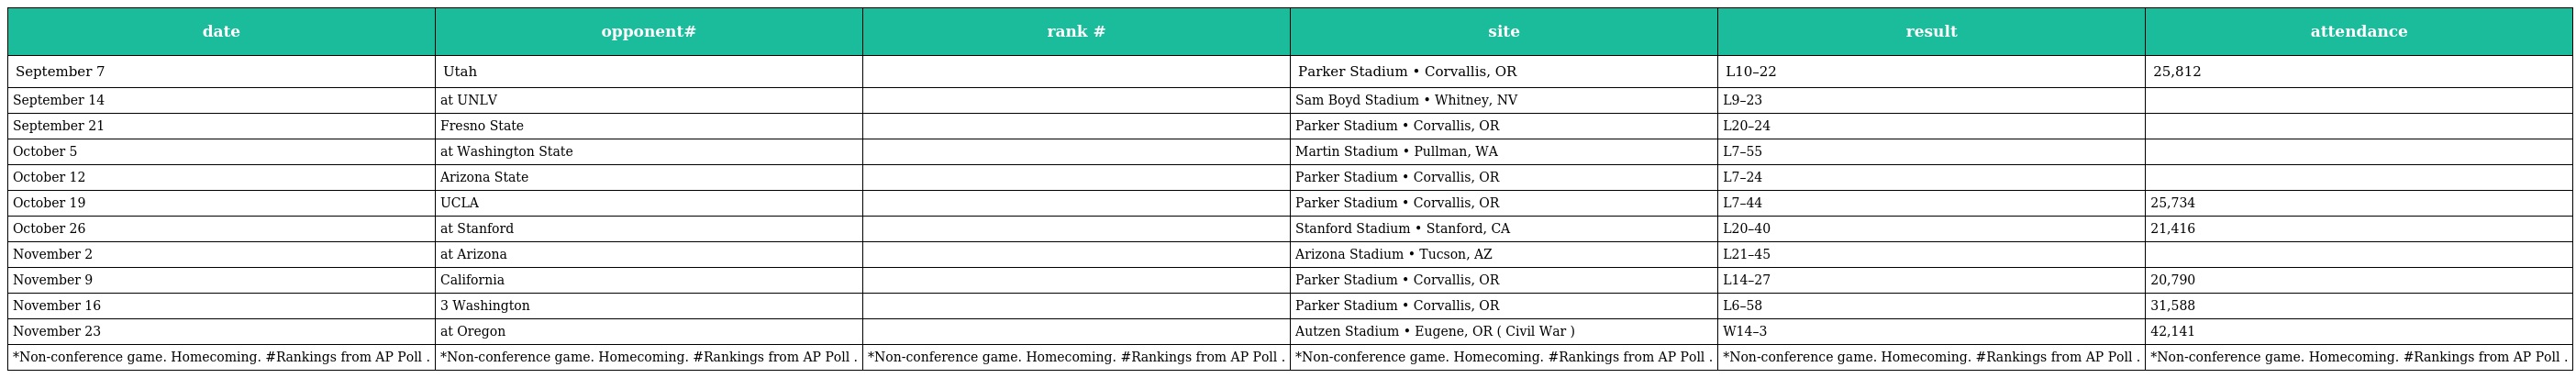
| date | opponent# | rank # | site | result | attendance |
 | --- | --- | --- | --- | --- | --- |
 | September 7 | Utah |  | Parker Stadium • Corvallis, OR | L10–22 | 25,812 |
 | September 14 | at UNLV |  | Sam Boyd Stadium • Whitney, NV | L9–23 |  |
 | September 21 | Fresno State |  | Parker Stadium • Corvallis, OR | L20–24 |  |
 | October 5 | at Washington State |  | Martin Stadium • Pullman, WA | L7–55 |  |
 | October 12 | Arizona State |  | Parker Stadium • Corvallis, OR | L7–24 |  |
 | October 19 | UCLA |  | Parker Stadium • Corvallis, OR | L7–44 | 25,734 |
 | October 26 | at Stanford |  | Stanford Stadium • Stanford, CA | L20–40 | 21,416 |
 | November 2 | at Arizona |  | Arizona Stadium • Tucson, AZ | L21–45 |  |
 | November 9 | California |  | Parker Stadium • Corvallis, OR | L14–27 | 20,790 |
 | November 16 | 3 Washington |  | Parker Stadium • Corvallis, OR | L6–58 | 31,588 |
 | November 23 | at Oregon |  | Autzen Stadium • Eugene, OR ( Civil War ) | W14–3 | 42,141 |
 | *Non-conference game. Homecoming. #Rankings from AP Poll . | *Non-conference game. Homecoming. #Rankings from AP Poll . | *Non-conference game. Homecoming. #Rankings from AP Poll . | *Non-conference game. Homecoming. #Rankings from AP Poll . | *Non-conference game. Homecoming. #Rankings from AP Poll . | *Non-conference game. Homecoming. #Rankings from AP Poll . |